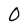
Character: 0